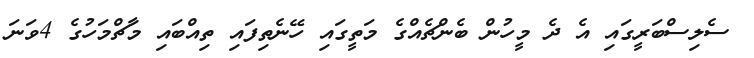
ސެލިސްބަރީގައި އެ ދެ މީހުން ބެންޗެއްގެ މަތީގައި ހޭނެތިފައި ތިއްބައި މާޗްމަހުގެ 4ވަނަ